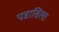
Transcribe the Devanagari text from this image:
पन्नासिला